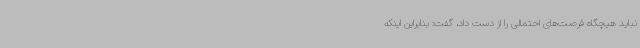
نباید هیچگاه فرصت‌های احتمالی را از دست داد، گفت: بنابراین اینکه